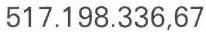
517.198.336,67